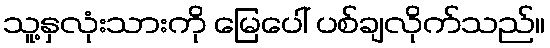
သူ့နှလုံးသားကို မြေပေါ် ပစ်ချလိုက်သည်။